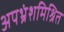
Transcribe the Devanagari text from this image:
अपभ्रंशमिश्रित